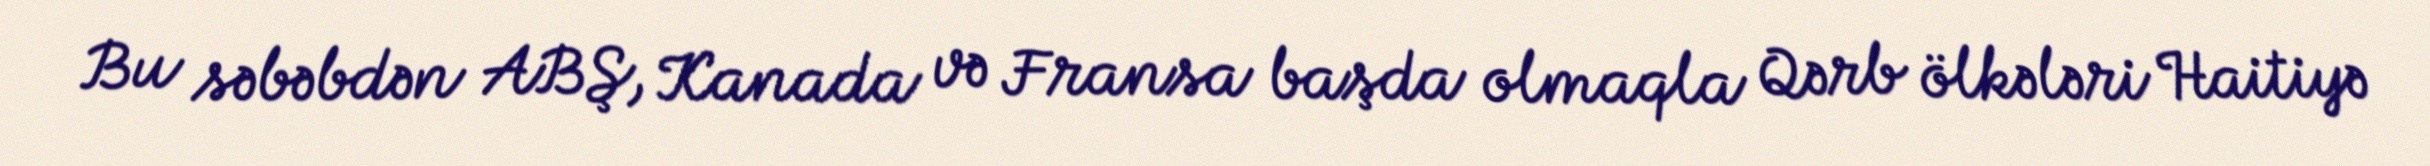
Bu səbəbdən ABŞ, Kanada və Fransa başda olmaqla Qərb ölkələri Haitiyə